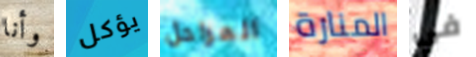
وأنا يؤكل المراحل المنارة في